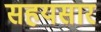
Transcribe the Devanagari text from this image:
सहयसार